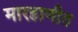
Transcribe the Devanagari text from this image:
मारहाणीत